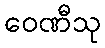
ဝေဏီသု